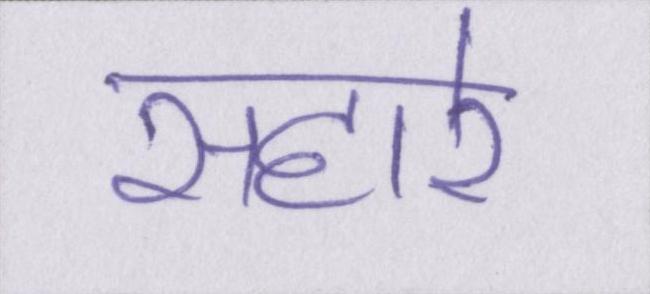
सहारे